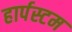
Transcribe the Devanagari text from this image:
हार्पस्टम